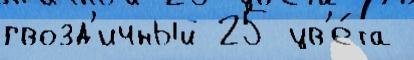
гвозд'ичный 25 цв'е́та